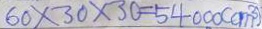
6 0 \times 3 0 \times 3 0 = 5 4 0 0 0 ( c m ^ { 3 } )